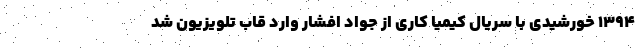
۱۳۹۴ خورشیدی با سریال کیمیا کاری از جواد افشار وارد قاب تلویزیون شد